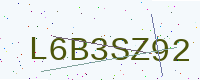
Text: L6B3SZ92